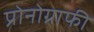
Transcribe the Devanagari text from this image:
प्रोनोग्राफी